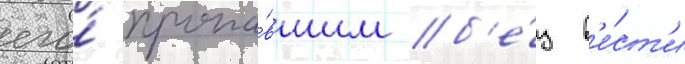
его́ пропа́вшим б'е́з в'е́ст'и